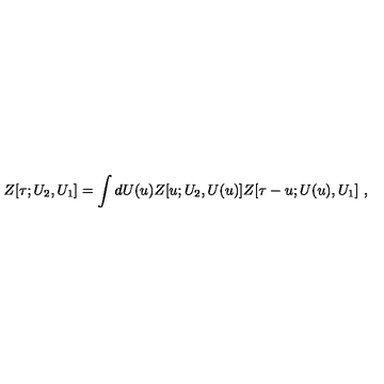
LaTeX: Z [ \tau ; U _ { 2 } , U _ { 1 } ] = \int d U ( u ) Z [ u ; U _ { 2 } , U ( u ) ] Z [ \tau - u ; U ( u ) , U _ { 1 } ] \ ,